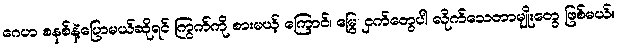
ဂေဟ စနစ်နဲ့ပြောမယ်ဆိုရင် ကြွက််ကို စားမယ့် ကြောင်၊ မြွေ၊ ငှက်တွေပါ လိုက်သေတာမျိုးတွေ ဖြစ်မယ်။